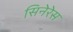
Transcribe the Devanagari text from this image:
सिनेरेस